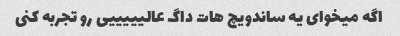
اگه میخوای یه ساندویچ هات داگ عالیییییی رو تجربه کنی